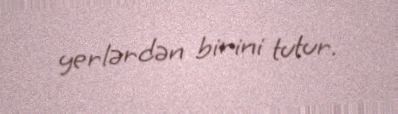
yerlərdən birini tutur.